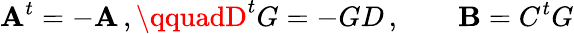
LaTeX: \mathbf{A}^{t}=-\mathbf{A}\, ,\qquadD^{t}G=-GD\, ,\qquad\mathbf{B}=C^{t}G